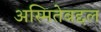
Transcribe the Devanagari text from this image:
अस्मितेबद्दल